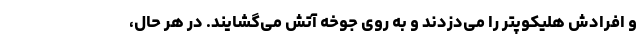
و افرادش هلیکوپتر را می‌دزدند و به روی جوخه آتش می‌گشایند. در هر حال،